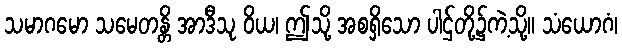
သမာဂမော သမေတန္တိ အာဒီသု ဝိယ၊ ဤသို့ အစရှိသော ပါဌ်တို့၌ကဲ့သို့။ သံယောဂံ၊